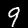
Digit: 9